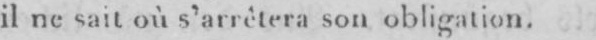
il ne sait où s’arrêtera son obligation.